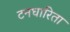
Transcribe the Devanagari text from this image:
टनधारिता